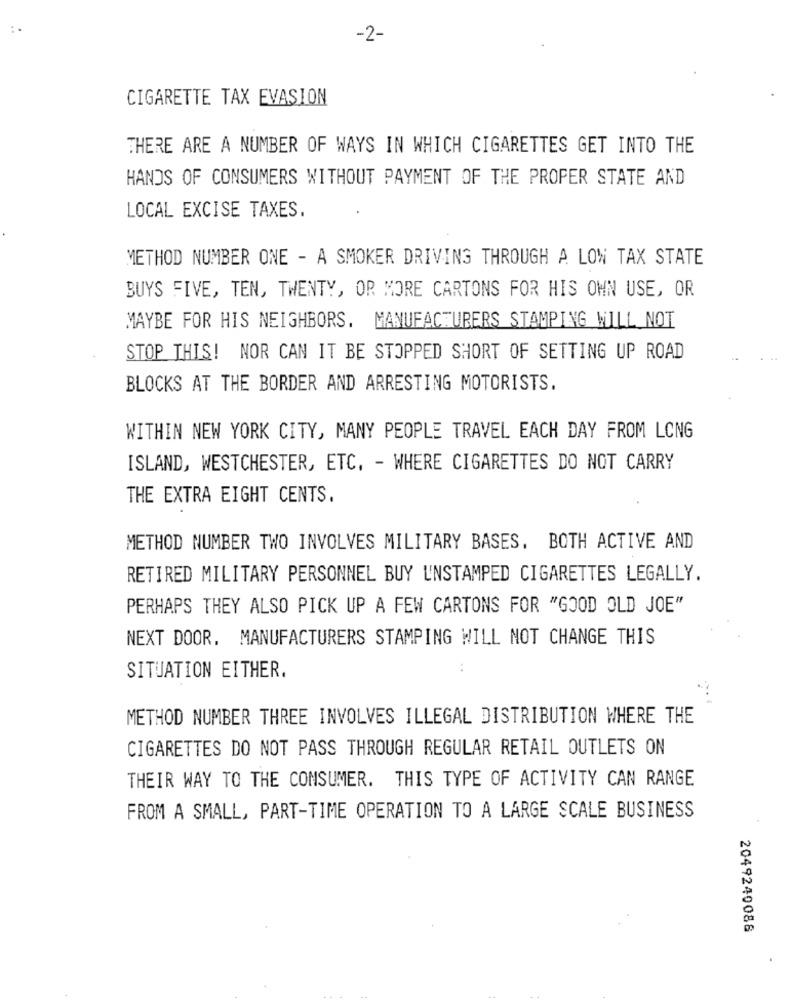
-2-
CIGARETTE TAX EVASION
THERE ARE A NUMBER OF WAYS IN WHICH CIGARETTES GET INTO THE
HANDS OF CONSUMERS WITHOUT PAYMENT OF THE PROPER STATE AND
LOCAL EXCISE TAXES.
METHOD NUMBER ONE - A SMOKER DRIVING THROUGH A LOW TAX STATE
BUYS FIVE, TEN, TWENTY, OR MORE CARTONS FOR HIS OWN USE, OR
MAYBE FOR HIS NEIGHBORS. MANUFACTURERS STAMPING WILL NOT
STOP THIS! NOR CAN IT BE STOPPED SHORT OF SETTING UP ROAD
BLOCKS AT THE BORDER AND ARRESTING MOTORISTS.
WITHIN NEW YORK CITY, MANY PEOPLE TRAVEL EACH DAY FROM LONG
ISLAND, WESTCHESTER, ETC. - WHERE CIGARETTES DO NOT CARRY
THE EXTRA EIGHT CENTS.
METHOD NUMBER TWO INVOLVES MILITARY BASES. BOTH ACTIVE AND
RETIRED MILITARY PERSONNEL BUY UNSTAMPED CIGARETTES LEGALLY.
PERHAPS THEY ALSO PICK UP A FEW CARTONS FOR "GOOD OLD JOE"
NEXT DOOR. MANUFACTURERS STAMPING WILL NOT CHANGE THIS
SITUATION EITHER.
..
METHOD NUMBER THREE INVOLVES ILLEGAL DISTRIBUTION WHERE THE
CIGARETTES DO NOT PASS THROUGH REGULAR RETAIL OUTLETS ON
THEIR WAY TO THE CONSUMER. THIS TYPE OF ACTIVITY CAN RANGE
FROM A SMALL, PART-TIME OPERATION TO A LARGE SCALE BUSINESS
2049240088